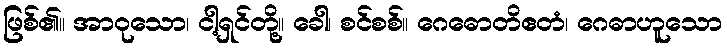
ဖြစ်၏။ အာဝုသော၊ ငါ့ရှင်တို့။ ခေါ၊ စင်စစ်။ ဂေဓောတိဧတံ၊ ဂေဓာဟူသော